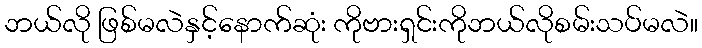
ဘယ်လို ဖြစ်မလဲနှင့်နောက်ဆုံး ကိုဗားရှင်းကိုဘယ်လိုစမ်းသပ်မလဲ။